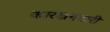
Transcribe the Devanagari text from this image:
कारखनदारी